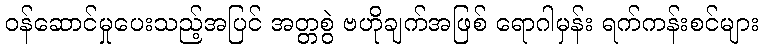
ဝန်ဆောင်မှုပေးသည့်အပြင် အတ္တစွဲ ဗဟိုချက်အဖြစ် ရောဂါမှန်း ရက်ကန်းစင်များ